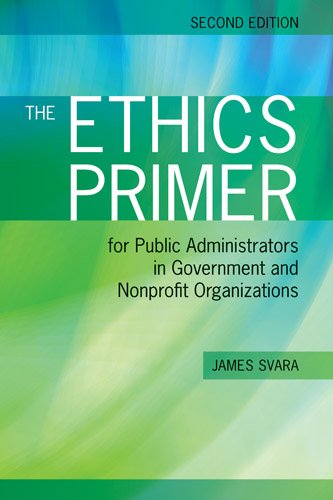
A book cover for The Ethics Primer for Public Administrators in Government and Nonprofit Organizations; James H. Svara; Medical Books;